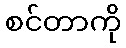
စင်တာကို